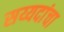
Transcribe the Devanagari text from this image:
सय्यदांचा